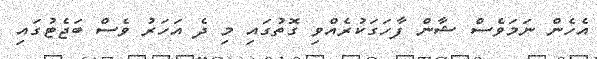
އެހެން ނަމަވެސް ޝާން ފާހަގަކުރެއްވި ގޮތުގައި މި ދެ އަހަރު ވެސް ބަޖެޓުގައި